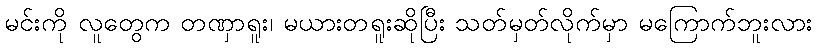
မင်းကို လူတွေက တဏှာရူး၊ မယားတရူးဆိုပြီး သတ်မှတ်လိုက်မှာ မကြောက်ဘူးလား